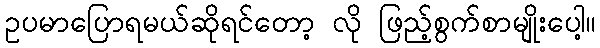
ဥပမာပြောရမယ်ဆိုရင်တော့ လို ဖြည့်စွက်စာမျိုးပေါ့။